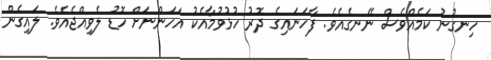
ހިނގުނު ކަމެއްވެސް ނޭނގެއެވެ. ފާހަނައިގެ ދޮރު ހުޅުވުމާއެކު އަހަންނަށް ހޮޑު ލެވިއްޖެއެވެ. ލައިގެން